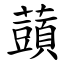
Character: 䕱